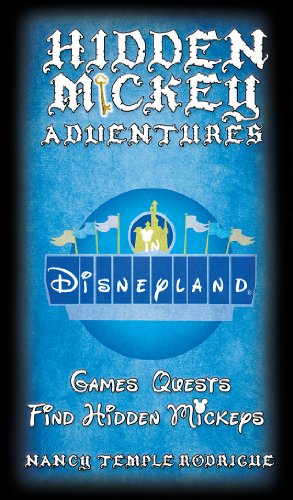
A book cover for Hidden Mickey Adventures in Disneyland (Hidden Mickey Quests); Nancy Temple Rodrigue; Humor & Entertainment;